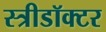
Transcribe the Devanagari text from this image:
स्त्रीडॉक्टर